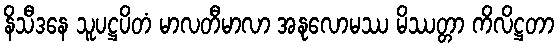
နိသီဒနေ သူပဋ္ဌပိတံ မာလတီမာလာ အနုလောမဿ မိဿတ္တာ ကိလိဋ္ဌတာ